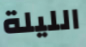
الليلة